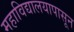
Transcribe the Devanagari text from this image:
महाविद्यालयापासून